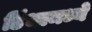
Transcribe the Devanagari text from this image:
डिंभामध्ये